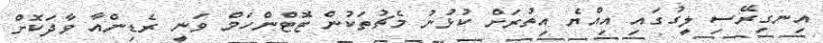
އިނގިރޭސި ލީގުގައި އިއްޔެ އިތުރަށް ކުޅުނު މެޗުތަކުން ޓޮޓްންހަމް ވަނީ ރެޑިންއާ ވާދަކޮށް